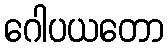
ဂေါပယတော